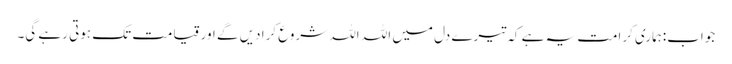
جواب:ہماری کرامت یہ ہے کہ تیرے دل میں اللہ اللہ شروع کرا دیں گے اور قیامت تک ہوتی رہے گی۔